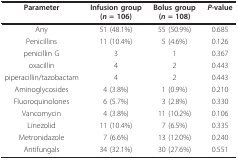
| Parameter | Infusion group(n = 106) | Bolus group(n = 108) | P-value |
 | --- | --- | --- | --- |
 | Any | 51 (48.1%) | 55 (50.9%) | 0.685 |
 | Penicillins | 11 (10.4%) | 5 (4.6%) | 0.126 |
 | penicillin G | 3 | 1 | 0.367 |
 | oxacillin | 4 | 2 | 0.443 |
 | piperacillin/tazobactam | 4 | 2 | 0.443 |
 | Aminoglycosides | 4 (3.8%) | 1 (0.9%) | 0.210 |
 | Fluoroquinolones | 6 (5.7%) | 3 (2.8%) | 0.330 |
 | Vancomycin | 4 (3.8%) | 11 (10.2%) | 0.106 |
 | Linezolid | 11 (10.4%) | 7 (6.5%) | 0.335 |
 | Metronidazole | 7 (6.6%) | 13 (12.0%) | 0.240 |
 | Antifungals | 34 (32.1%) | 30 (27.6%) | 0.551 |